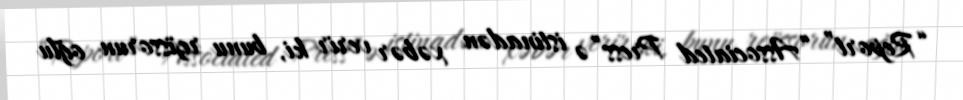
“Report” “Associated Press”ə istinadən xəbər verir ki, bunu rejissorun oğlu